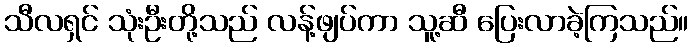
သီလရှင် သုံးဦးတို့သည် လန့်ဖျပ်ကာ သူ့ဆီ ပြေးလာခဲ့ကြသည်။